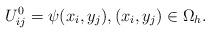
LaTeX: \begin{align*} U_{ij}^{0}=\psi(x_i,y_j),(x_i,y_j)\in\Omega_h. \end{align*}